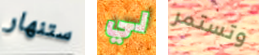
ستنهار لي وتستمر